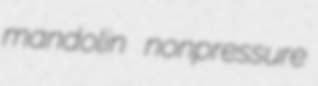
mandolin nonpressure